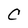
Character: C